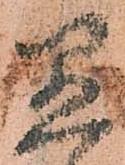
愚